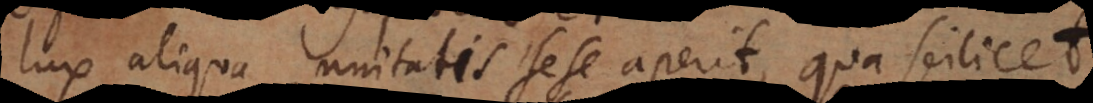
lux aliqua unitatis sese aperit, qua scilicet